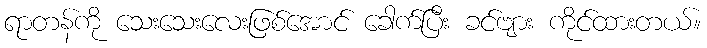
ရာတန်ကို သေးသေးလေးဖြစ်အောင် ခေါက်ပြီး ခင်ဗျား ကိုင်ထားတယ်။